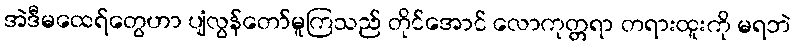
အဲဒီမထေရ်တွေဟာ ပျံလွန်တော်မူကြသည် တိုင်အောင် လောကုတ္တရာ တရားထူးကို မရဘဲ